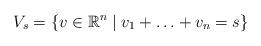
LaTeX: \begin{align*}V_s = \{ v \in \mathbb{R}^n \mid v_1+\ldots + v_n = s\}\end{align*}